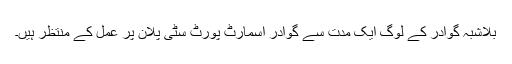
بلاشبہ گوادر کے لوگ ایک مدت سے گوادر اسمارٹ پورٹ سٹی پلان پر عمل کے منتظر ہیں۔